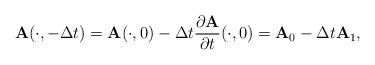
LaTeX: \begin{align*}{\displaystyle \mathbf{A}(\cdot,-\Delta t)=\mathbf{A}(\cdot,0)-\Delta t \frac{\partial \mathbf{A}}{\partial t}(\cdot,0)=\mathbf{A}_{0}-\Delta t\mathbf{A}_{1}},\end{align*}